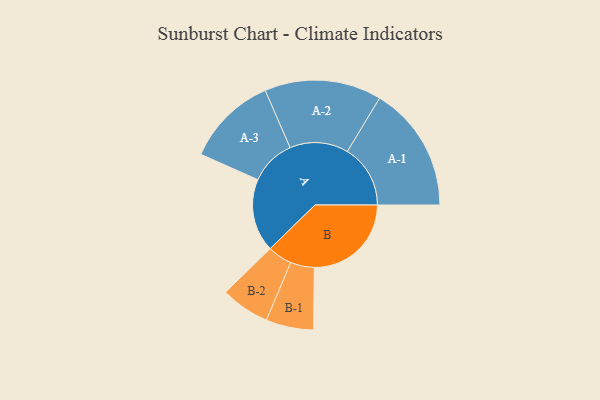
{"axis": {"x": "Segment", "y": "Value"}, "legend": ["", "A", "B"], "data": [{"x": "A", "y": 322, "type": ""}, {"x": "B", "y": 428, "type": ""}, {"x": "A-1", "y": 278, "type": "A"}, {"x": "A-2", "y": 258, "type": "A"}, {"x": "A-3", "y": 201, "type": "A"}, {"x": "B-1", "y": 105, "type": "B"}, {"x": "B-2", "y": 108, "type": "B"}]}